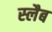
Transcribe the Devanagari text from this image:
स्‍लैब